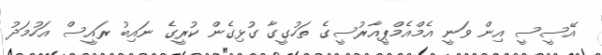
އޭސީސީ އިން ވަނީ އެމްއެމްޕީއާރުސީގެ ތަހުގީގާ ގުޅިގެން ކުރީގެ ނައިބު ރައީސް އަހުމަދު